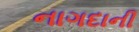
નાગદાની